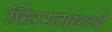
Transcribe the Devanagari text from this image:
फिरस्तामध्ये